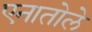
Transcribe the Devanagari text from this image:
एनातोले